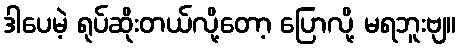
ဒါပေမဲ့ ရုပ်ဆိုးတယ်လို့တော့ ပြောလို့ မရဘူးဗျ။